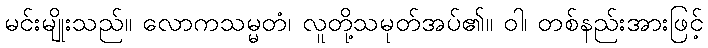
မင်းမျိုးသည်။ လောကသမ္မတံ၊ လူတို့သမုတ်အပ်၏။ ဝါ၊ တစ်နည်းအားဖြင့်